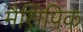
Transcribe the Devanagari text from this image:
मैसिपिक